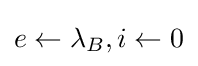
e\leftarrow \lambda _{B},i\leftarrow 0